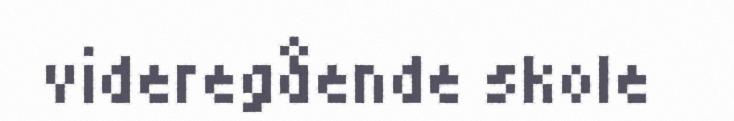
videregående skole